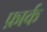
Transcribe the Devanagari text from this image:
फ़ार्क